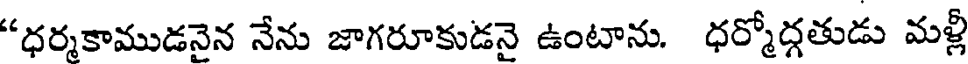
"ధర్మకాముడనైన నేను జాగరూకుడనై ఉంటాను. ధర్మోద్గతుడు మళ్లీ